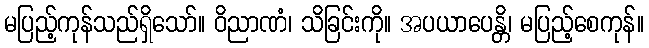
မပြည့်ကုန်သည်ရှိသော်။ ဝိညာဏံ၊ သိခြင်းကို။ အပယာပေန္တိ၊ မပြည့်စေကုန်။